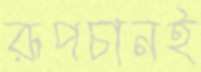
রূপচানই